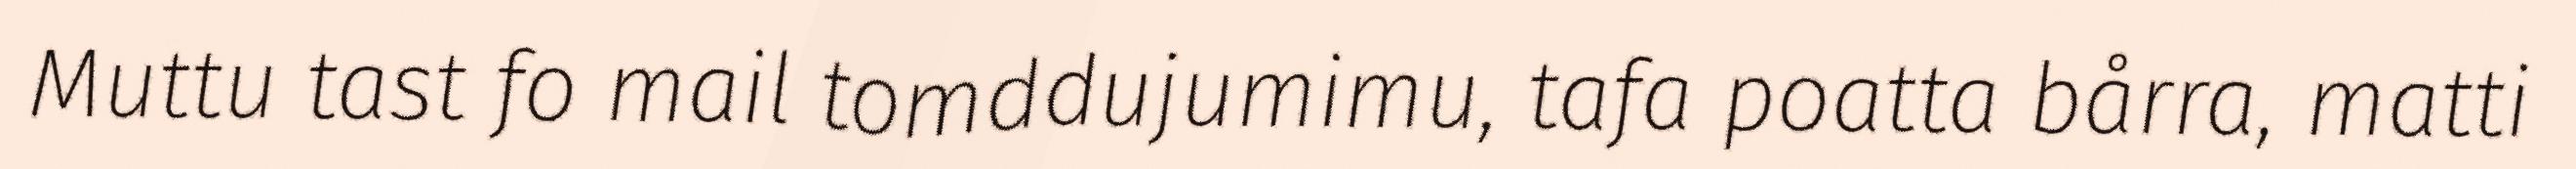
Muttu tast fo mail tomddujumimu, tafa poatta bårra, matti